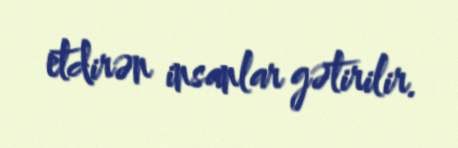
etdirən insanlar gətirilir.